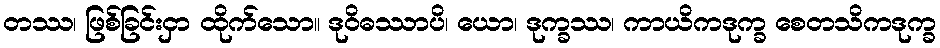
တဿ၊ ဖြစ်ခြင်းငှာ ထိုက်သော။ ဒုဝိဓဿာပိ၊ ယော၊ ဒုက္ခဿ၊ ကာယိကဒုက္ခ စေတသိကဒုက္ခ